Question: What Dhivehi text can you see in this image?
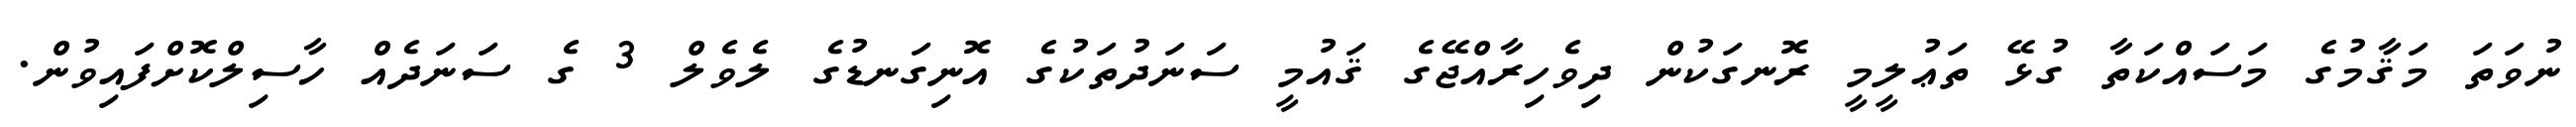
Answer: ނުވަތަ މަޤާމުގެ މަސައްކަތާ ގުޅޭ ތަޢުލީމީ ރޮނގަކުން ދިވެހިރާއްޖޭގެ ޤައުމީ ސަނަދުތަކުގެ އޮނިގަނޑުގެ ލެވެލް 3 ގެ ސަނަދެއް ހާސިލްކޮށްފައިވުން.